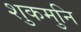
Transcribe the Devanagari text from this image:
शुकमुनि